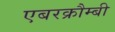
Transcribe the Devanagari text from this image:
एबरक्रौम्बी